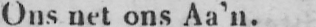
Ons net ons Aa’n.